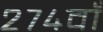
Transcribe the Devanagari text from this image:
२७४वाँ